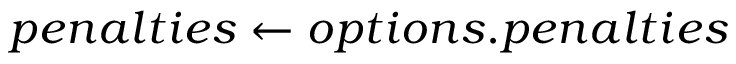
p e n a l t i e s \gets o p t i o n s . p e n a l t i e s